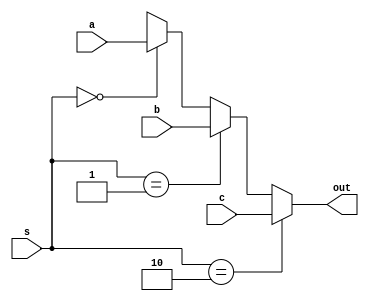
module MUX1 #(parameter Width = 32)(input [Width-1 : 0] a,b,c,
 input  [1:0] s,
 output [Width-1 : 0] out);
assign out = (s == 2'b10) ? c : (s == 2'b01) ? b : (s==2'b00)? a:32'hx;
endmodule